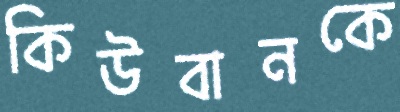
কিউবানকে